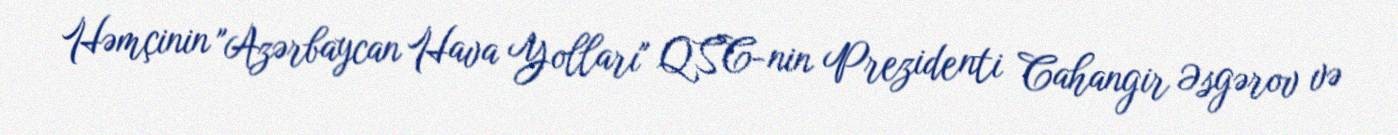
Həmçinin "Azərbaycan Hava Yolları" QSC-nin Prezidenti Cahangir Əsgərov və